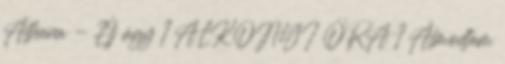
Alhana - Élj úgy 1 ALKONYI ÓRA 1 Álmodtam